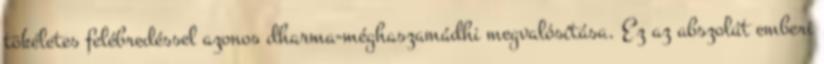
tökéletes felébredéssel azonos dharma-méghaszamádhi megvalósítása. Ez az abszolút emberi